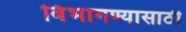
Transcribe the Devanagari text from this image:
विभागण्यासाठी